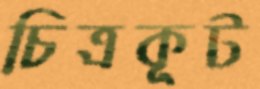
চিত্রকূট